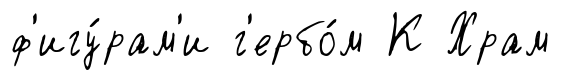
ф'игу́рам'и г'ербо́м К Храм